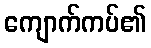
ကျောက်ကပ်၏